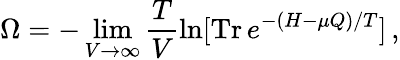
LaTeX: \Omega=-\operatorname*{lim}_{V\rightarrow\infty}\frac{T}{V}\ln[\mathrm{Tr}\, e^{-(H-\mu Q)/T}]\, ,